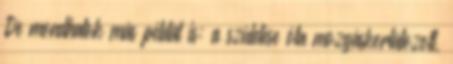
De mondhatok más példát is: a születése óta mozgáskorlátozott,